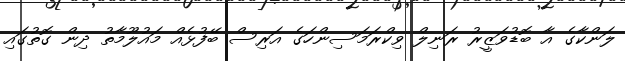
ލަންކާގެ އާ ބޮޑުވަޒީރު ރަނިލް ވިކްރަމަސިންހަގެ އަރިސް ބޭފުޅެއް މައުލޫމާތު ދިން ގޮތުގައި